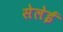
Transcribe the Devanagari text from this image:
सेलेई